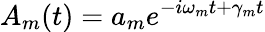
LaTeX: A_{m}(t)=a_{m}e^{-i\omega_{m}t+\gamma_{m}t}